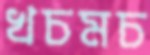
খচমচ